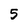
Character: 5